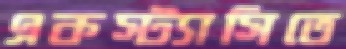
একস্ট্যাসিতে